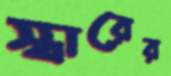
স্বারের